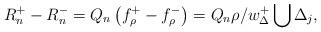
LaTeX: \begin{align*}R_n^+ - R_n^- = Q_n\left(f_\rho^+ - f_\rho^-\right) = Q_n\rho/w_\Delta^+ \bigcup\Delta_j,\end{align*}